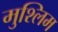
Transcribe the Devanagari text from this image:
मुश्लिम